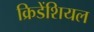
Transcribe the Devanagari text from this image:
क्रिडेंशियल